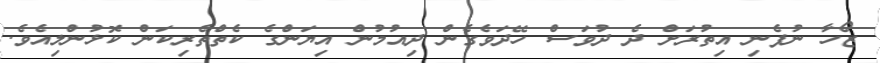
ޒޯހާ ނުފެނި އިތުރަށް ދެ ދުވަސް ހޭދަވެގެން ދިއުމުން އިޔަންގެ ކެތްތެރިކަން ކޮޅުންލިއެވެ.